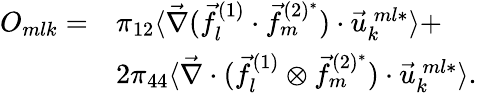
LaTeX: \begin{array}{rl}{O_{mlk}=}&{\pi_{12}\langle\vec{\nabla}(\vec{f}_{l}^{(1)}\cdot\vec{f}_{m}^{(2)^{*}})\cdot\vec{u}_{k}^{\: ml*}\rangle+}\\ &{2\pi_{44}\langle\vec{\nabla}\cdot(\vec{f}_{l}^{(1)}\otimes\vec{f}_{m}^{(2)^{*}})\cdot\vec{u}_{k}^{\: ml*}\rangle.}\end{array}